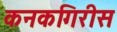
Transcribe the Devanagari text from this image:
कनकगिरीस